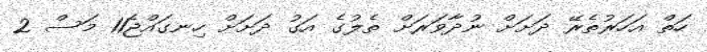
ހަތް އަހަރުތެރޭ ދަށަށް ނުދާވަރަށް ތެލުގެ އަގު ދަށަށް ހިނގައްޖެ11 މަސް 2